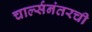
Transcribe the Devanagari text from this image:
चार्ल्सनंतरची